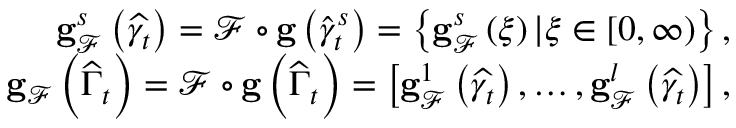
\begin{array} { r } { \mathbf { g } _ { \mathcal { F } } ^ { s } \left( \widehat { \gamma _ { t } } \right) = \mathcal { F } \circ \mathbf { g } \left( \widehat { \gamma } _ { t } ^ { s } \right) = \left\{ \mathbf { g } _ { \mathcal { F } } ^ { s } \left( \xi \right) \vert \xi \in \left[ 0 , \infty \right) \right\} , } \\ { \mathbf { g } _ { \mathcal { F } } \left( \widehat { \Gamma } _ { t } \right) = \mathcal { F } \circ \mathbf { g } \left( \widehat { \Gamma } _ { t } \right) = \left[ \mathbf { g } _ { \mathcal { F } } ^ { 1 } \left( \widehat { \gamma _ { t } } \right) , \ldots , \mathbf { g } _ { \mathcal { F } } ^ { l } \left( \widehat { \gamma _ { t } } \right) \right] , } \end{array}